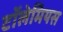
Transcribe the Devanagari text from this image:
टॉलेमियस